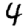
Digit: 4